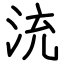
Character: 㳘